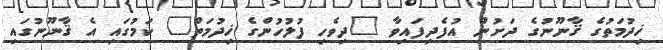
ޚިދުމަތުގެ ޤާނޫނުގެ ދަށުން އުފެދިފައިވާ "ދިވެހި ފުލުހުންގެ ޚިދުމަތް" ކަމުގައި އެ ޤާނޫނުގައި